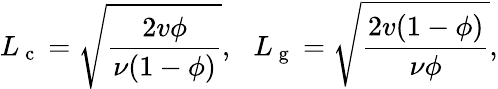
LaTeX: L_{\mathrm{~c~}}=\sqrt{\frac{2v\phi}{\nu(1-\phi)}},\, \, \, \, L_{\mathrm{~g~}}=\sqrt{\frac{2v(1-\phi)}{\nu\phi}},